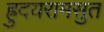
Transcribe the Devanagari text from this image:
ह्रुदयरामसुत